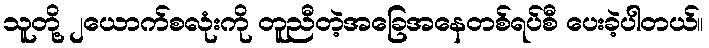
သူတို့ ၂ယောက်စလုံးကို တူညီတဲ့အခြေအနေတစ်ရပ်စီ ပေးခဲ့ပါတယ်။